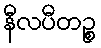
နီလပီတဉ္စ